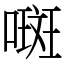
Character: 𫫨